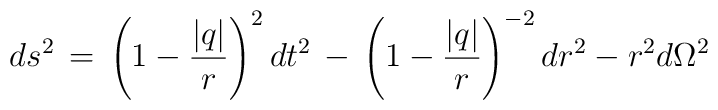
d s^2\, =\, \left(1-\frac{|q|}{r}\right)^2dt^2\, -\,\left(1-\frac{|q|}{r}\right)^{-2}dr^2 -r^2d\Omega^2